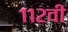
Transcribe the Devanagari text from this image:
११२वी